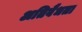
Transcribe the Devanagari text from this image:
अतिवैधता